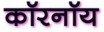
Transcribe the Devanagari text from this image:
कॉरनॉय